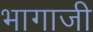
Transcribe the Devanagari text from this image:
भागाजी